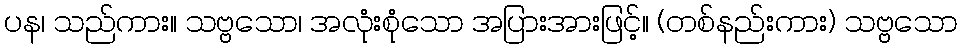
ပန၊ သည်ကား။ သဗ္ဗသော၊ အလုံးစုံသော အပြားအားဖြင့်။ (တစ်နည်းကား) သဗ္ဗသော